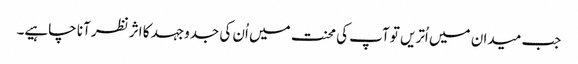
جب میدان میں اُتریں تو آپ کی محنت میں اُن کی جدوجہد کا اثر نظر آنا چاہیے۔